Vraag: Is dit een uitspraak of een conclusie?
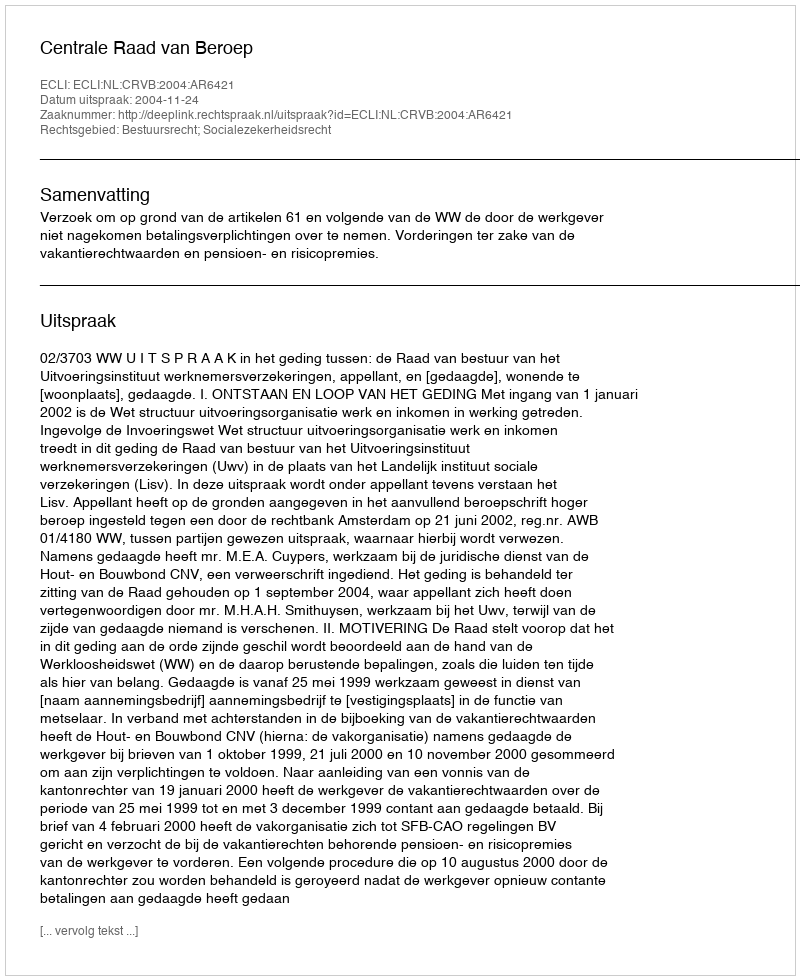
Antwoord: Uitspraak